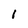
Character: I